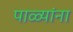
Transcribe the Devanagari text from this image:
पाळ्यांना